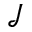
\mathcal { J }